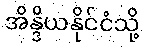
အိန္ဒိယနိုင်ငံသို့